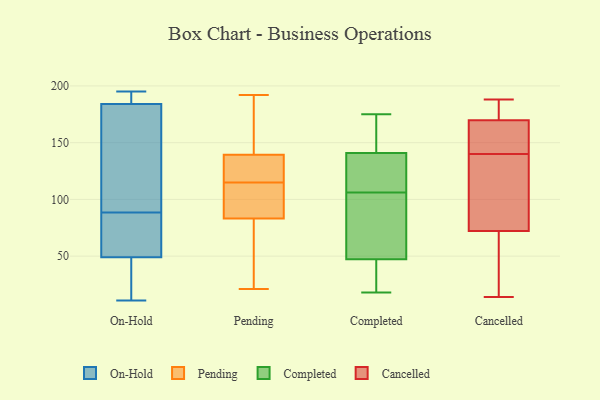
{"axis": {"x": "Customer Acquisition Cost (USD)", "y": "Value"}, "legend": ["Cancelled", "Completed", "On-Hold", "Pending"], "data": [{"x": "", "y": 42, "type": "On-Hold"}, {"x": "", "y": 184, "type": "On-Hold"}, {"x": "", "y": 49, "type": "On-Hold"}, {"x": "", "y": 160, "type": "On-Hold"}, {"x": "", "y": 81, "type": "On-Hold"}, {"x": "", "y": 186, "type": "On-Hold"}, {"x": "", "y": 11, "type": "On-Hold"}, {"x": "", "y": 96, "type": "On-Hold"}, {"x": "", "y": 90, "type": "On-Hold"}, {"x": "", "y": 29, "type": "On-Hold"}, {"x": "", "y": 87, "type": "On-Hold"}, {"x": "", "y": 190, "type": "On-Hold"}, {"x": "", "y": 195, "type": "On-Hold"}, {"x": "", "y": 58, "type": "On-Hold"}, {"x": "", "y": 130, "type": "Pending"}, {"x": "", "y": 138, "type": "Pending"}, {"x": "", "y": 168, "type": "Pending"}, {"x": "", "y": 49, "type": "Pending"}, {"x": "", "y": 86, "type": "Pending"}, {"x": "", "y": 124, "type": "Pending"}, {"x": "", "y": 75, "type": "Pending"}, {"x": "", "y": 192, "type": "Pending"}, {"x": "", "y": 103, "type": "Pending"}, {"x": "", "y": 143, "type": "Pending"}, {"x": "", "y": 115, "type": "Pending"}, {"x": "", "y": 21, "type": "Pending"}, {"x": "", "y": 102, "type": "Pending"}, {"x": "", "y": 168, "type": "Completed"}, {"x": "", "y": 18, "type": "Completed"}, {"x": "", "y": 121, "type": "Completed"}, {"x": "", "y": 37, "type": "Completed"}, {"x": "", "y": 120, "type": "Completed"}, {"x": "", "y": 145, "type": "Completed"}, {"x": "", "y": 69, "type": "Completed"}, {"x": "", "y": 165, "type": "Completed"}, {"x": "", "y": 18, "type": "Completed"}, {"x": "", "y": 175, "type": "Completed"}, {"x": "", "y": 101, "type": "Completed"}, {"x": "", "y": 42, "type": "Completed"}, {"x": "", "y": 106, "type": "Completed"}, {"x": "", "y": 63, "type": "Completed"}, {"x": "", "y": 129, "type": "Completed"}, {"x": "", "y": 61, "type": "Cancelled"}, {"x": "", "y": 178, "type": "Cancelled"}, {"x": "", "y": 164, "type": "Cancelled"}, {"x": "", "y": 14, "type": "Cancelled"}, {"x": "", "y": 47, "type": "Cancelled"}, {"x": "", "y": 76, "type": "Cancelled"}, {"x": "", "y": 162, "type": "Cancelled"}, {"x": "", "y": 140, "type": "Cancelled"}, {"x": "", "y": 179, "type": "Cancelled"}, {"x": "", "y": 111, "type": "Cancelled"}, {"x": "", "y": 167, "type": "Cancelled"}, {"x": "", "y": 188, "type": "Cancelled"}, {"x": "", "y": 125, "type": "Cancelled"}]}